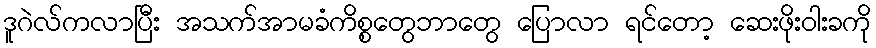
ဒူဂဲလ်ကလာပြီး အသက်အာမခံကိစ္စတွေဘာတွေ ပြောလာ ရင်တော့ ဆေးဖိုးဝါးခကို